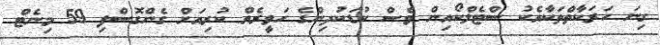
ގިނަ ހަރަކާތްތަކާއެކު ސްޓެލްކޯއިން ވެސް ކުޑަކުދިންގެ ހަވީރެއް ކުރިއަށް ގެންގޮސްފި 59 މިނެޓް